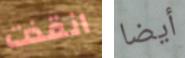
انقذت أيضا